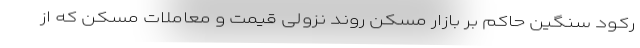
رکود سنگین حاکم بر بازار مسکن روند نزولی قیمت و معاملات مسکن که از